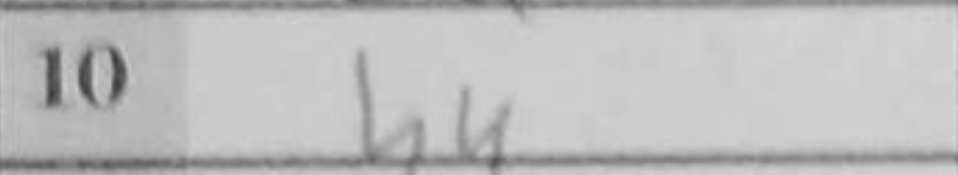
Transcription: h4